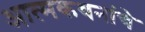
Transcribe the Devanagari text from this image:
आत्मकथनांचे